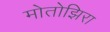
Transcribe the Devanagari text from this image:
मोतोझिरा